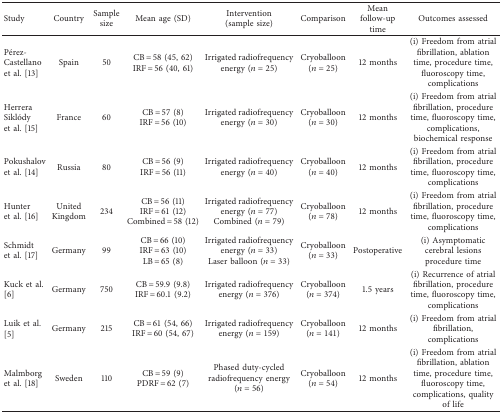
| Study | Country | Sample size | Mean age (SD) | Intervention (sample size) | Comparison | Mean follow-up time | Outcomes assessed |
 | --- | --- | --- | --- | --- | --- | --- | --- |
 | Pérez-Castellano et al. [13] | Spain | 50 | CB = 58 (45, 62)IRF = 56 (40, 61) | Irrigated radiofrequency energy (n=25) | Cryoballoon (n=25) | 12 months | (i) Freedom from atrial fibrillation, ablation time, procedure time, fluoroscopy time, complications |
 | Herrera Siklódy et al. [15] | France | 60 | CB = 57 (8)IRF = 56 (10) | Irrigated radiofrequency energy (n=30) | Cryoballoon (n=30) | 12 months | (i) Freedom from atrial fibrillation, procedure time, fluoroscopy time, complications, biochemical response |
 | Pokushalov et al. [14] | Russia | 80 | CB = 56 (9)IRF = 56 (11) | Irrigated radiofrequency energy (n=40) | Cryoballoon (n=40) | 12 months | (i) Freedom from atrial fibrillation, procedure time, fluoroscopy time, complications |
 | Hunter et al. [16] | United Kingdom | 234 | CB = 56 (11)IRF = 61 (12)Combined = 58 (12) | Irrigated radiofrequency energy (n=77)Combined (n=79) | Cryoballoon (n=78) | 12 months | (i) Freedom from atrial fibrillation, procedure time, fluoroscopy time, complications |
 | Schmidt et al. [17] | Germany | 99 | CB = 66 (10)IRF = 63 (10)LB = 65 (8) | Irrigated radiofrequency energy (n=33)Laser balloon (n=33) | Cryoballoon (n=33) | Postoperative | (i) Asymptomatic cerebral lesions procedure time |
 | Kuck et al. [6] | Germany | 750 | CB = 59.9 (9.8)IRF = 60.1 (9.2) | Irrigated radiofrequency energy (n=376) | Cryoballoon (n=374) | 1.5 years | (i) Recurrence of atrial fibrillation, procedure time, fluoroscopy time, complications |
 | Luik et al. [5] | Germany | 215 | CB = 61 (54, 66)IRF = 60 (54, 67) | Irrigated radiofrequency energy (n=159) | Cryoballoon (n=141) | 12 months | (i) Freedom from atrial fibrillation, complications |
 | Malmborg et al. [18] | Sweden | 110 | CB = 59 (9)PDRF = 62 (7) | Phased duty-cycled radiofrequency energy (n=56) | Cryoballoon (n=54) | 12 months | (i) Freedom from atrial fibrillation, ablation time, procedure time, fluoroscopy time, complications, quality of life |